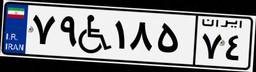
۷۹W۱۸۵۷۴